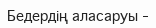
Бедердің аласаруы –